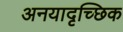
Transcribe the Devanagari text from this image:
अनयादृच्छिक